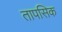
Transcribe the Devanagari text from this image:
तापसिक